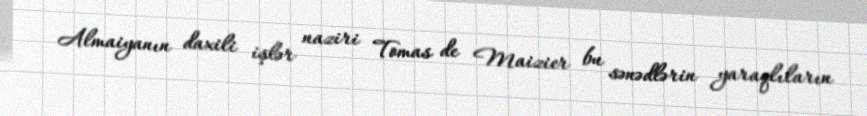
Almaiyanın daxili işlər naziri Tomas de Maizier bu sənədlərin yaraqlıların